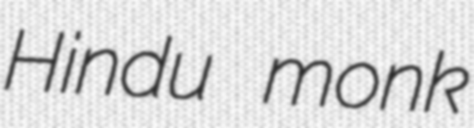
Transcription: Hindu monk